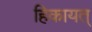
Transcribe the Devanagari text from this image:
हिकायत्‌